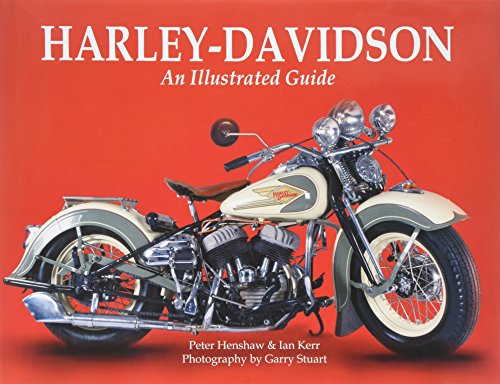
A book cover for Harley-Davidson: An Illustrated Guide; Peter Henshaw; Arts & Photography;